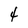
Character: 4